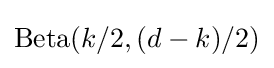
\operatorname {Beta} (k/2,(d-k)/2)